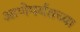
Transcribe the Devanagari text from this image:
आणेपर्यंतच्या